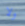
ولا